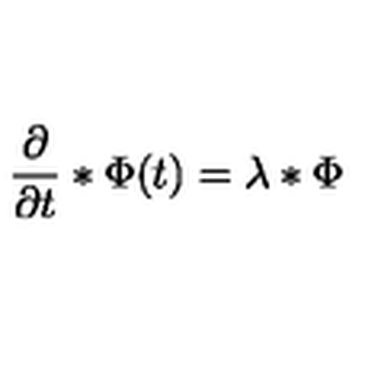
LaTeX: { \frac { \partial } { \partial t } } * \Phi ( t ) = \lambda * \Phi